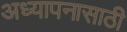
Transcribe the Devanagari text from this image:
अध्यापनासाठी